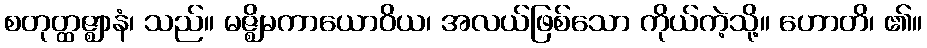
စတုတ္ထဇ္ဈာနံ၊ သည်။ မဇ္ဈိမကာယောဝိယ၊ အလယ်ဖြစ်သော ကိုယ်ကဲ့သို့။ ဟောတိ၊ ၏။